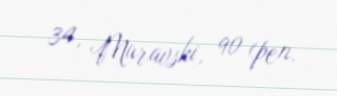
34, Muravski, 90 (pen.